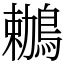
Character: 鶒